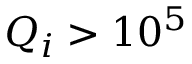
Q _ { i } > 1 0 ^ { 5 }